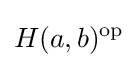
H(a,b)^{\text{op}}